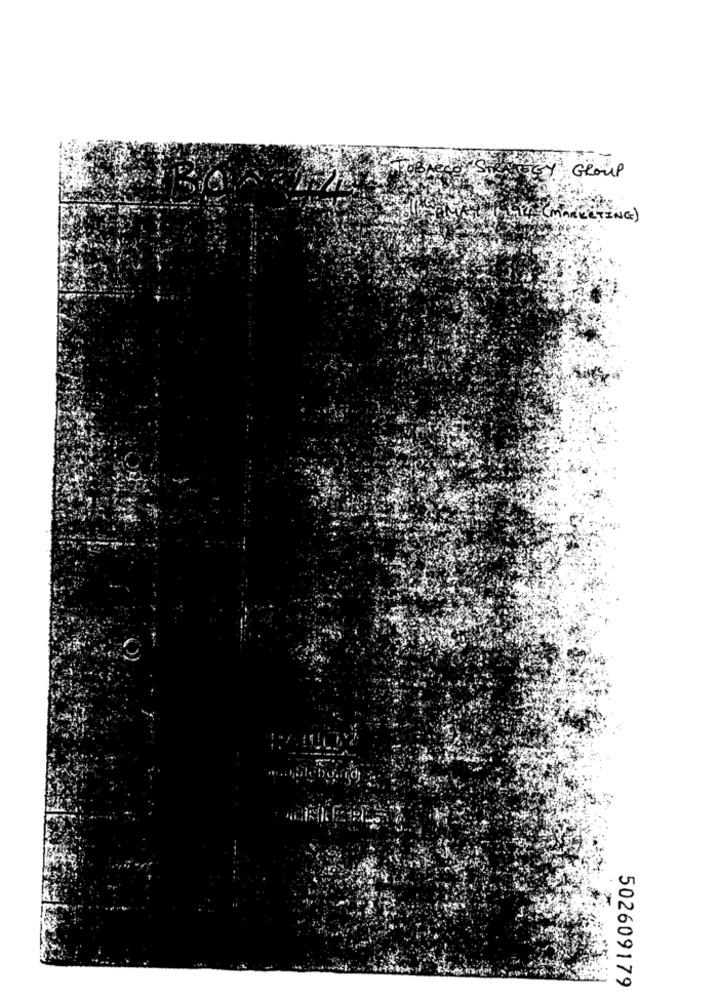
GROUP
94 ( MARKETING)
502609179